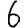
Digit: 6